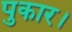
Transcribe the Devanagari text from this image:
पुकार।